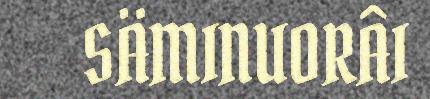
SÄMINUORÂI